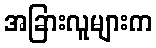
အခြားလူများက